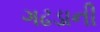
ગઢડાની